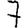
Digit: 7